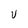
Character: U